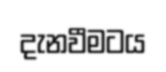
දැනවීමටය